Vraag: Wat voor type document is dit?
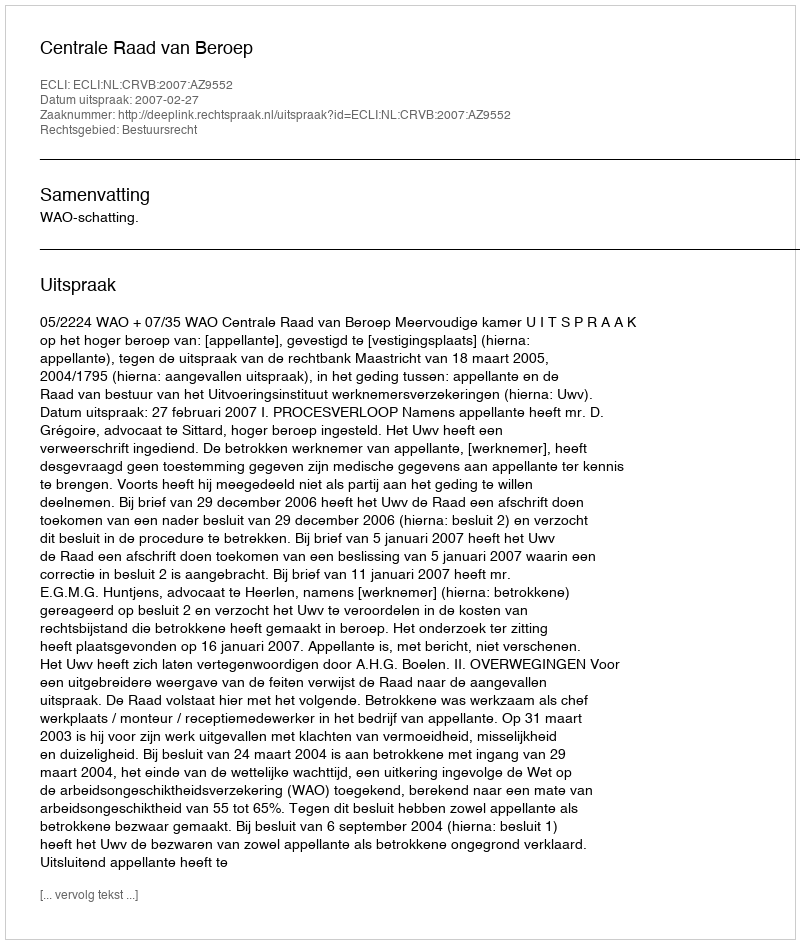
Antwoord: Uitspraak